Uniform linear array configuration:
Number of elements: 64
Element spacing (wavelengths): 0.75
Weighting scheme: hamming
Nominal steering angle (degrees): -15
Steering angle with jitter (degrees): -15.747
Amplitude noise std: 0.05
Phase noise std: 0.05

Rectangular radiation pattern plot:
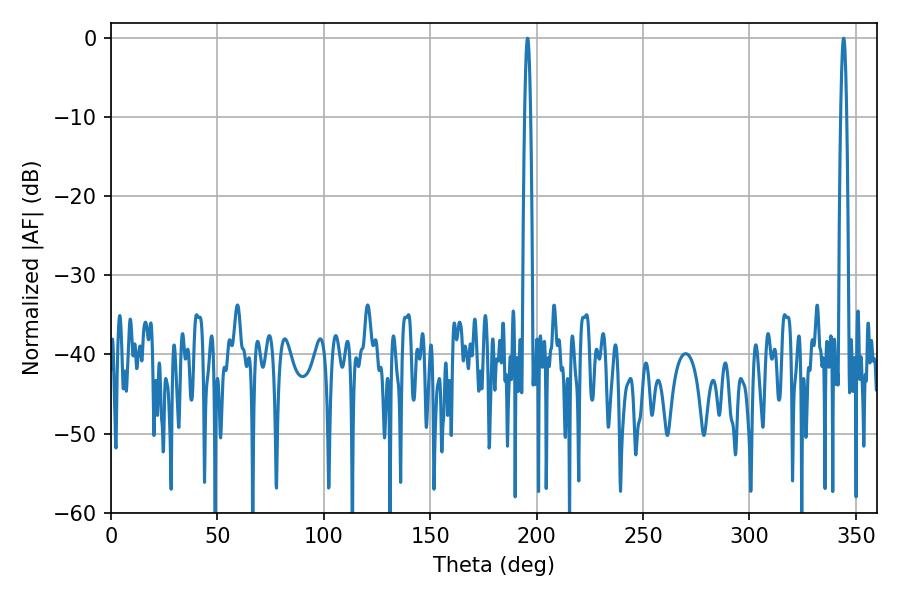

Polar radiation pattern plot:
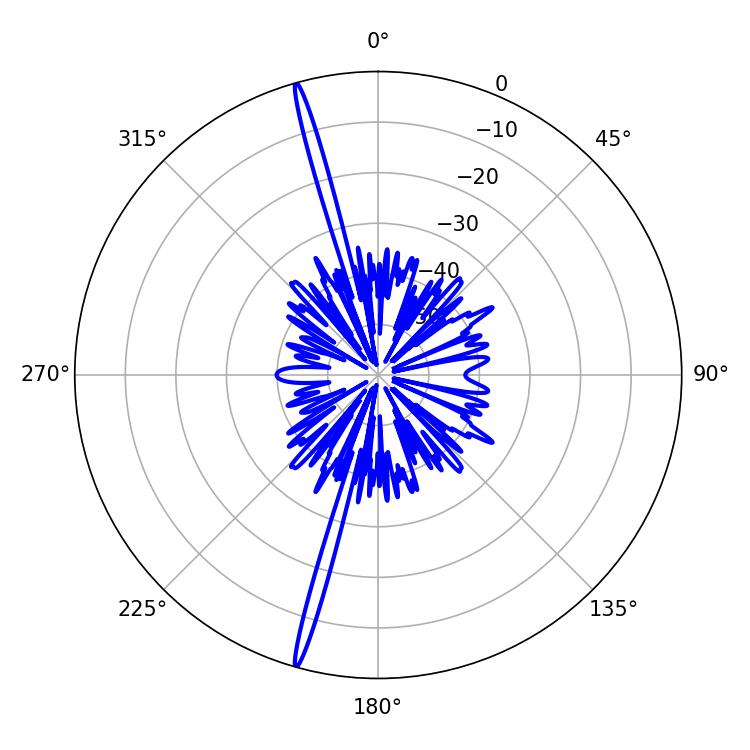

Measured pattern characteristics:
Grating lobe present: TRUE
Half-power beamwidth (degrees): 1.62
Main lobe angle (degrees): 195.66